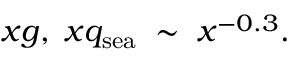
x g , \; x q _ { \mathrm { s e a } } \; \sim \; x ^ { - 0 . 3 } .